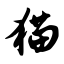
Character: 猫